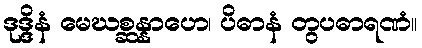
ဒုဒ္ဒိနံ မေဃစ္ဆန္နာဟေ၊ ပိဓာနံ တွပဓာရဏံ။